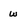
Character: w